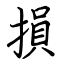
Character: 損